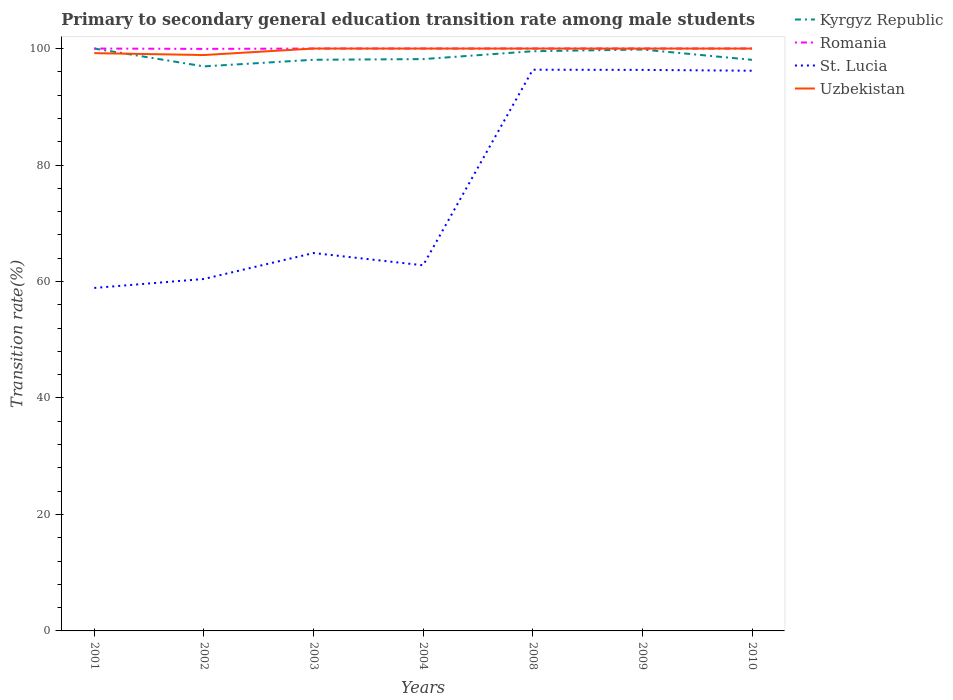
| Years | Kyrgyz Republic | Romania | St. Lucia | Uzbekistan |
 | --- | --- | --- | --- | --- |
 | 2001 | 100 | 100 | 58.9 | 99.2 |
 | 2002 | 96.9 | 99.9 | 60.4 | 98.9 |
 | 2003 | 98.1 | 100 | 64.9 | 100 |
 | 2004 | 98.2 | 100 | 62.8 | 100 |
 | 2008 | 99.5 | 100 | 96.4 | 100 |
 | 2009 | 99.8 | 100 | 96.3 | 100 |
 | 2010 | 98.1 | 100 | 96.2 | 100 |